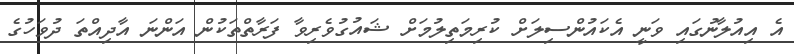
އެ އިއުލާނުގައި ވަނީ އެކައުންސިލަށް ކުރިމަތިލުމަށް ޝައުގުވެރިވާ ފަރާތްތަކުން އަންނަ އާދިއްތަ ދުވަހުގެ